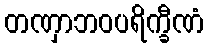
တဏှာဘဝပရိက္ခီဏံ